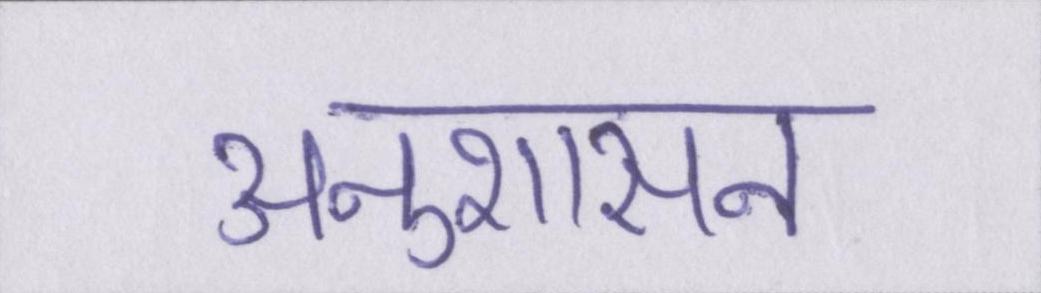
अनुशासन